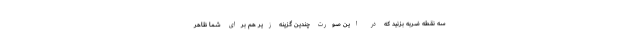
سه نقطه ضربه بزنید که در این صورت چندین گزینه زیر هم برای شما ظاهر